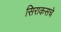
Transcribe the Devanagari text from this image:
सिराकसचे